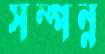
সম্পন্ন